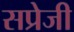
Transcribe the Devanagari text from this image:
सप्रेजी